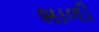
ભાળી